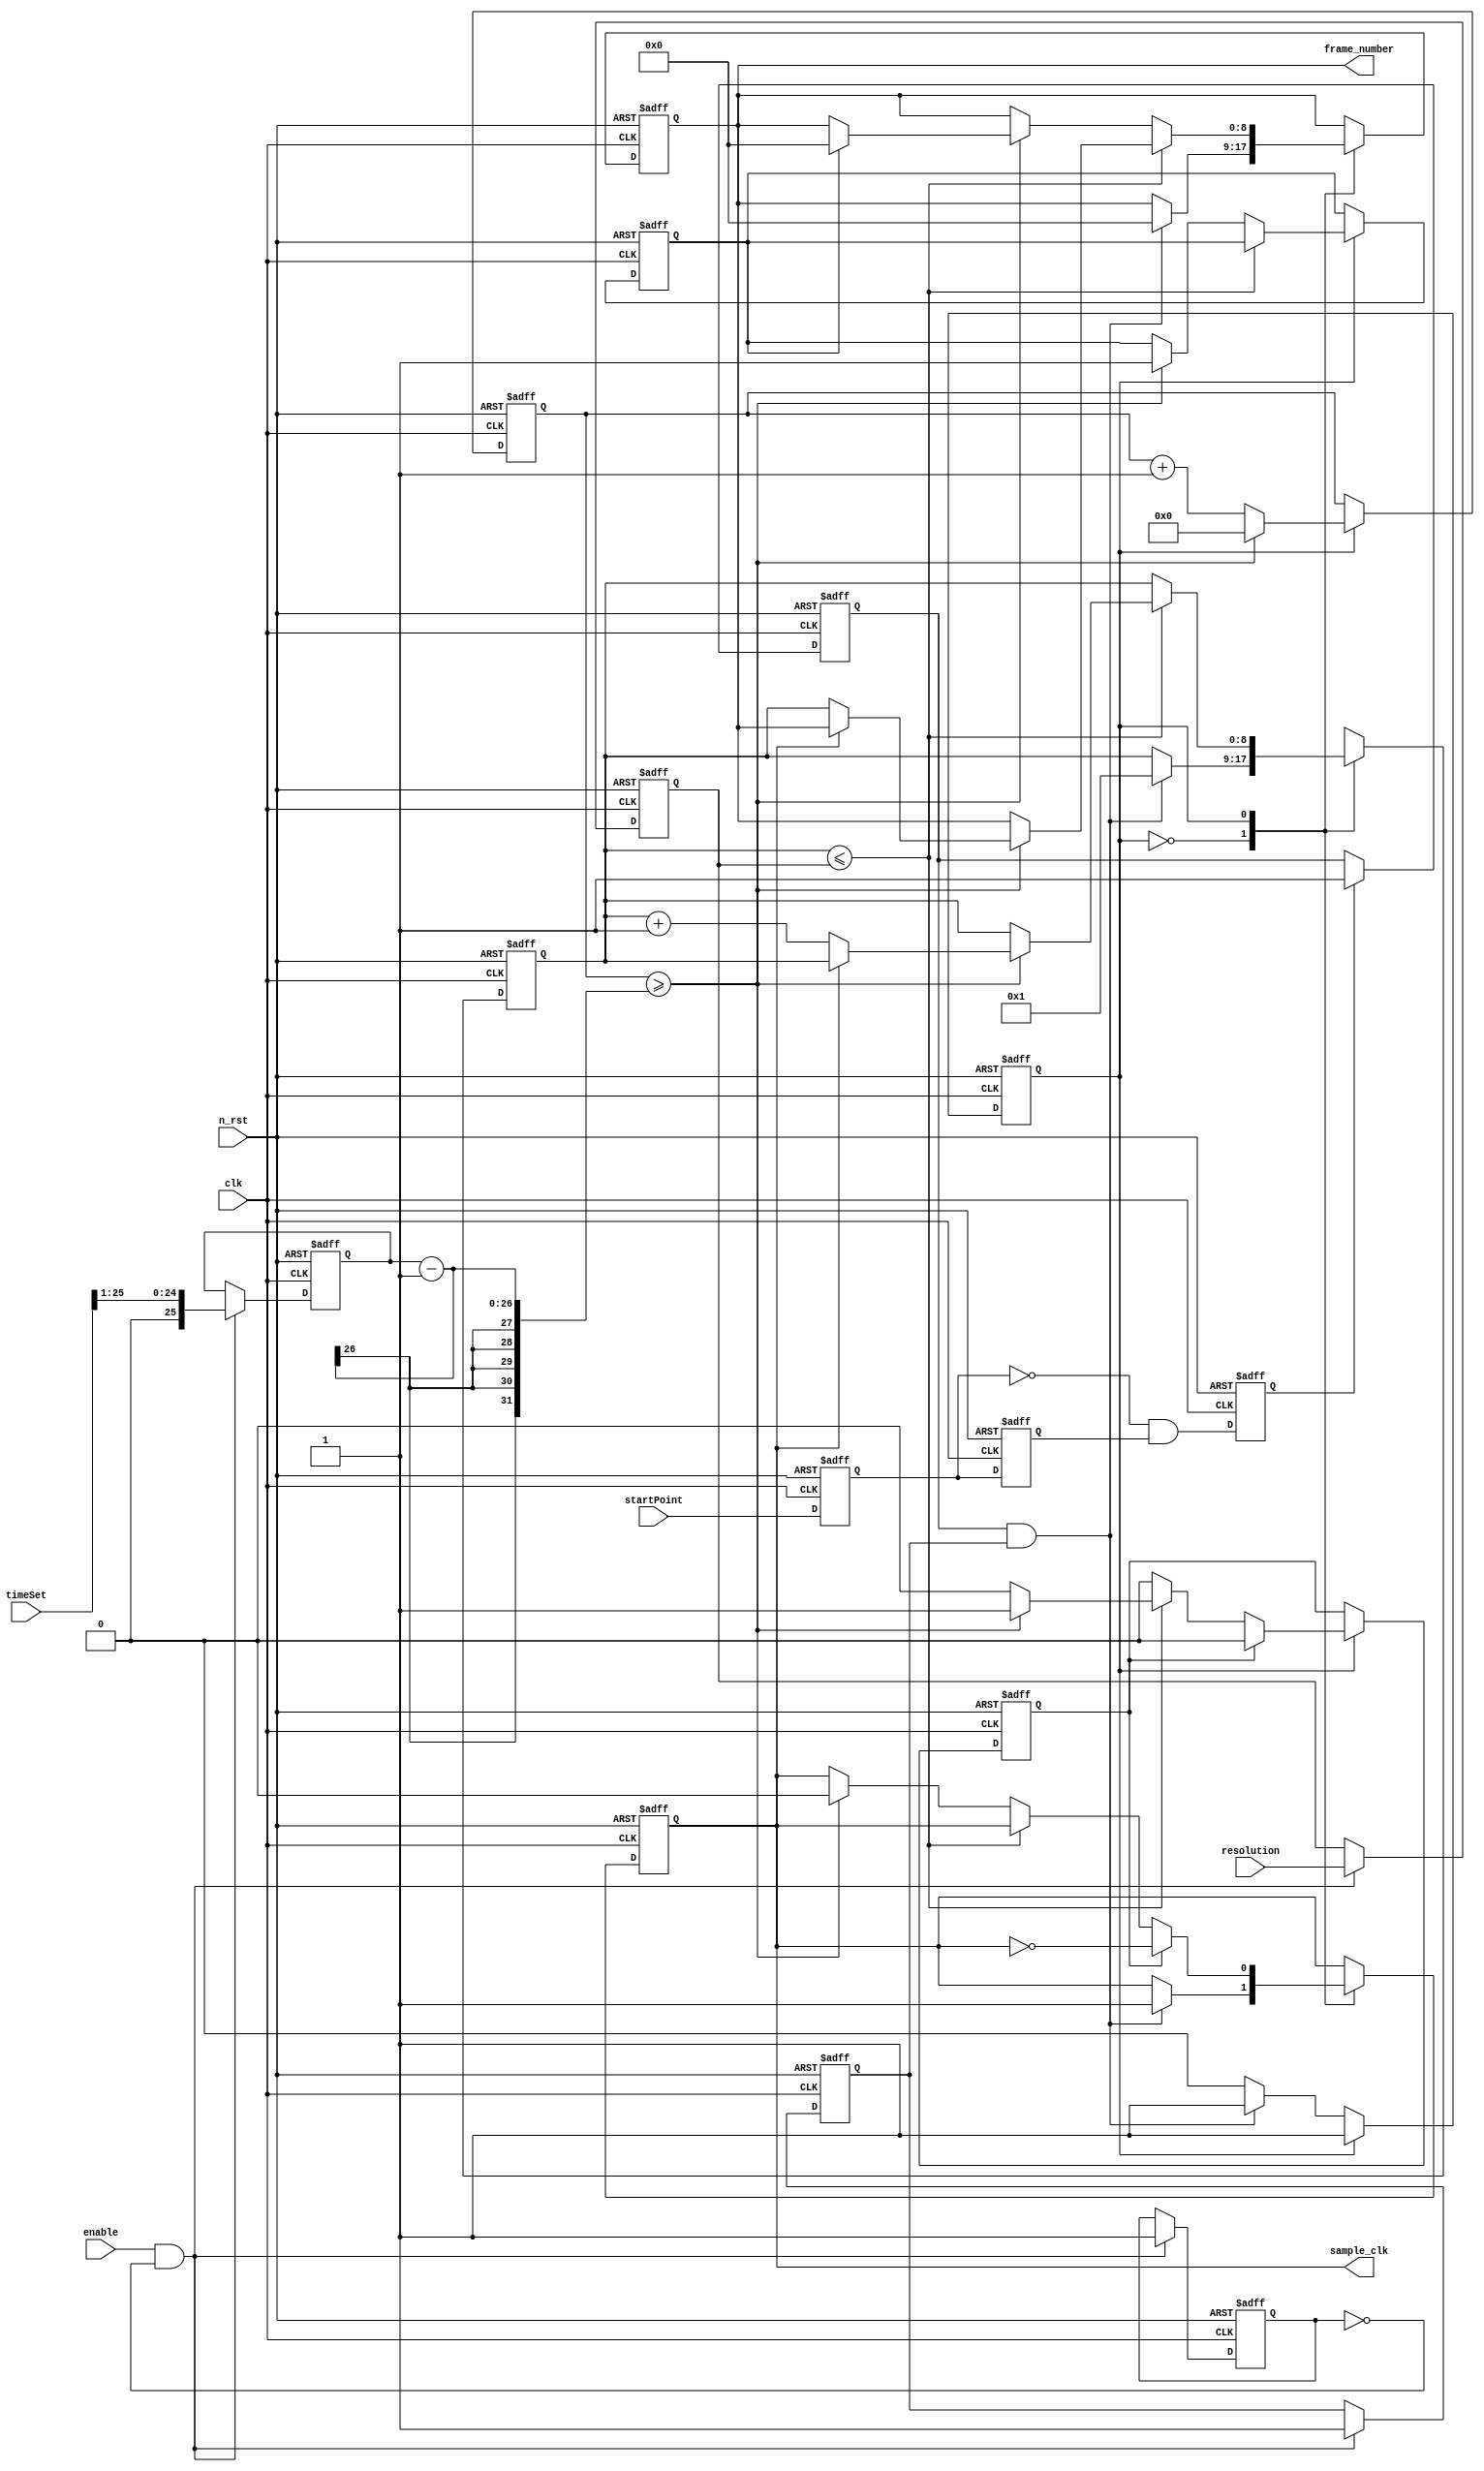
module SamplingControl(
clk,
n_rst,
timeSet,
resolution,
startPoint,
enable,

sample_clk,
frame_number
);

input  clk; //  50 Mhz
input  n_rst;//
input  [25:0] timeSet; // 26 67 108 863
input  [8:0] resolution;// ,360   1
input  startPoint;//
input  enable; //

output sample_clk;//ADCCCD
output reg [8:0] frame_number;// (0~359)


//
reg [8:0]  resolutionSet_reg; //
reg [25:0] timeSet_reg;
reg iniok_reg;//
reg one_check;


//
reg   [25:0]  timercount;
reg   sample_clk_reg;
reg   [8:0] frameCount;
reg   SendLastClk_flag;
//
reg startPoint_reg ; 
reg bt1;
reg bt2;
reg posedge_reg;
always @(posedge clk or negedge n_rst)
begin
	if(!n_rst)
	begin
		bt1 <= 0;
		bt2 <= 0;
		startPoint_reg <=0;
		posedge_reg <=0;
	end
	else
	begin
		bt1 <= startPoint;
		bt2 <= bt1;
		posedge_reg <= (!bt1)&bt2; //
		if(posedge_reg)
			startPoint_reg <= 1;
	end
end

assign sample_clk = sample_clk_reg;

//
always @(posedge clk or negedge n_rst)
begin
	if(!n_rst)
	begin
		resolutionSet_reg <= 0;
		iniok_reg <= 1'b0;
		timeSet_reg <= 0;
		one_check <= 0;
	end
	else if((enable)&&(!one_check))
			begin
				resolutionSet_reg <= resolution;	
				timeSet_reg <= (timeSet>>1);
				iniok_reg <= 1'b1;
				one_check <= 1'b1;
			end
end

//
reg state;
reg clk_out_reg;

always @(posedge clk or negedge n_rst)
begin
	if(!n_rst)
   begin  
		timercount <= 0;
		sample_clk_reg <= 0;
		frameCount <= 0;
		SendLastClk_flag <= 0;
		frame_number <= 0;
		state <= 0;
		clk_out_reg <= 0;
	end
   else
	begin
	   case(state)
		1'b0:
			begin
				if((startPoint_reg)&&(iniok_reg))
					begin
					frame_number <= 0;	
					sample_clk_reg <= 1;
					state <= 1;
					frameCount = 1;
					end
			end
		1'b1:
			 begin
					if(frameCount <= resolutionSet_reg ) //
					begin
						if(timercount >= timeSet_reg-1) //
						begin
							timercount <= 0;
							
							if(!sample_clk_reg)
							begin
									frame_number <= frameCount;
									frameCount <= frameCount + 1;
							end
							clk_out_reg <= 1;
						end
						else
							timercount <= timercount + 1;
					end
					else
					begin
						if(timercount >= timeSet_reg-1) //
						begin
							SendLastClk_flag <= 1;
							if(SendLastClk_flag)
							begin
								frame_number <= 0;
							end
							timercount <= 0;
							sample_clk_reg <= 0;
						end
						else
							timercount <= timercount + 1;
					end
					if(clk_out_reg) //frame_number sample_clk_reg  
					begin
						sample_clk_reg <= ~sample_clk_reg;
						clk_out_reg <= 0;	
					end
			 end
		endcase
	end
end

endmodule